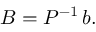
B = P ^ { - 1 } \, b .